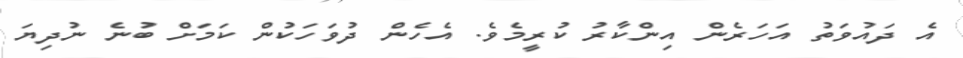
އެ ދައުވަތު އަހަރެން އިންކާރު ކުރީމެވެ. އެހެން ދުވަހަކުން ކަމަށް ބުނެ ނުދިޔަ